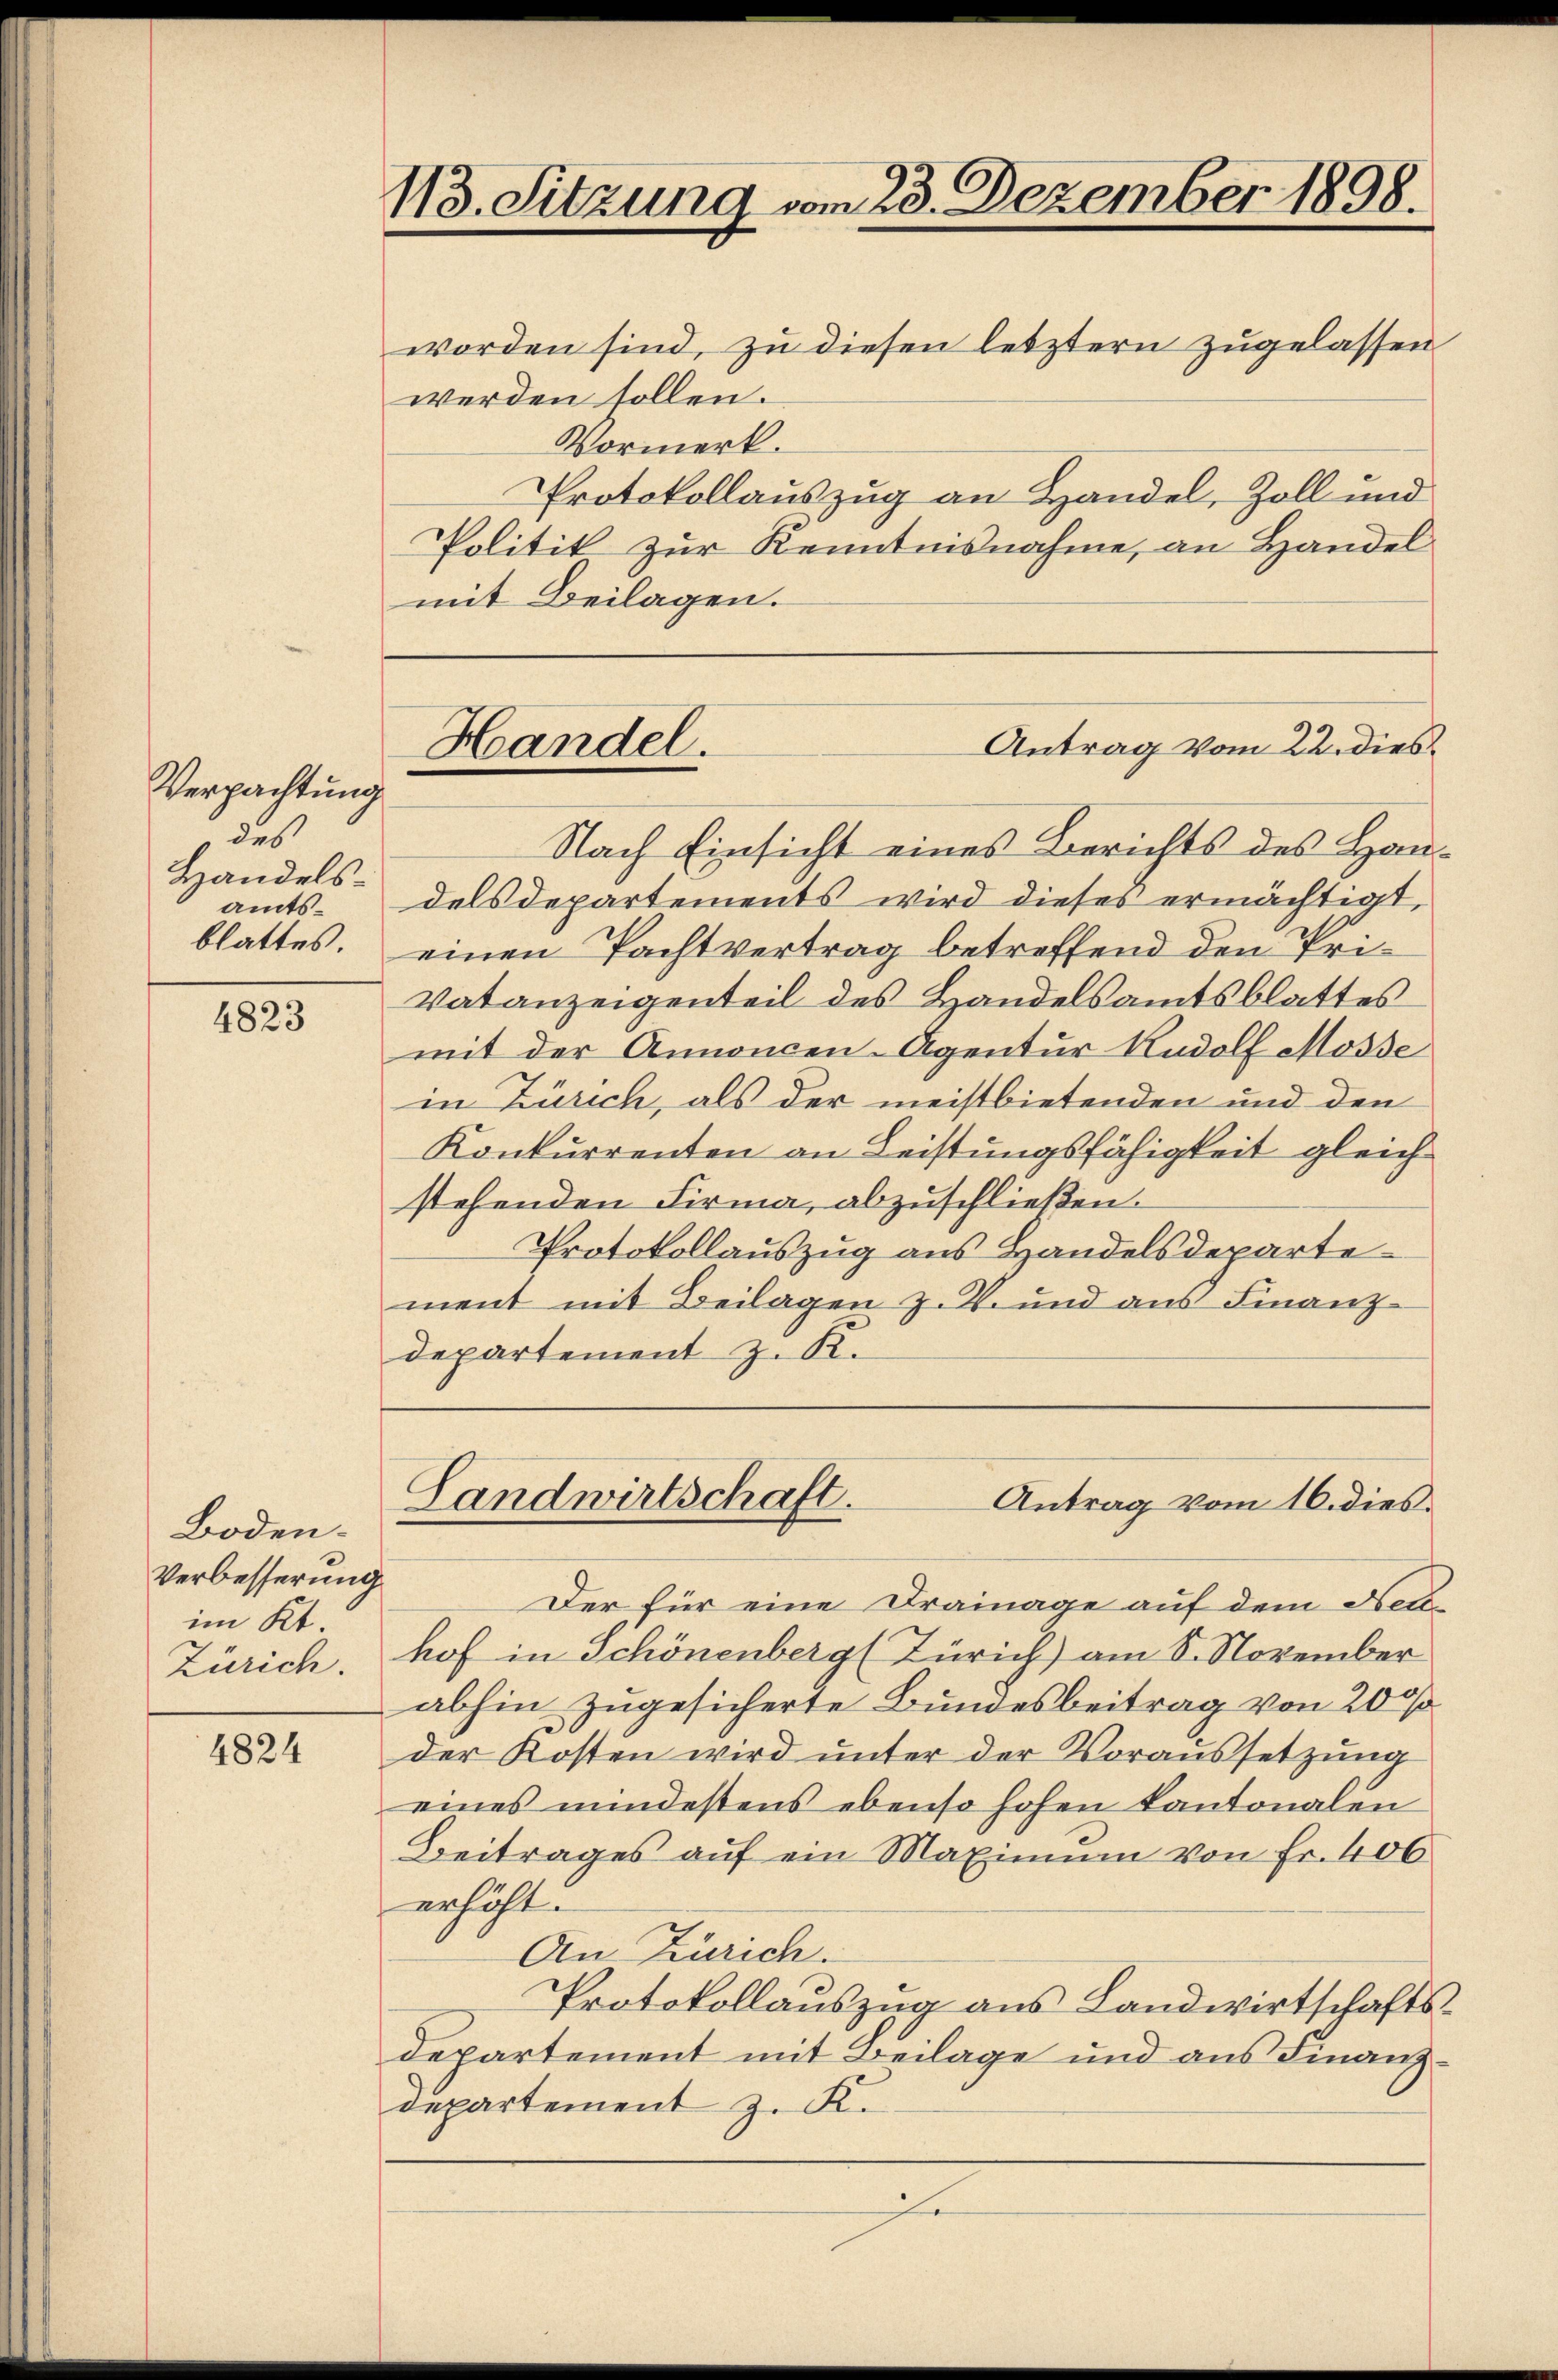
Verpachtung
des
Handels-
amtsblattes.

4823

Boden.
Verbesserung
im Kt.
Zürich.

4824

113. Sitzung vom 23. Dezember 1898.

worden sind, zu diesen letztern zugelassen.
werden sollen.
Vormerk.
Protokollauszug an Handel, Zoll und
Politik zur Kenntnisnahme, an Handel
mit Beilagen.
Nach Einsicht eines Berichts des Haudels Departements wird dieses ermächtigt,
einen Pachtvertrag betreffend den Pri¬
Vatanzeigenteil des Handelsamtsblattes
mit der Annoncen-Agentur Rudolf Mösse
in Zürich, als der meistbietenden und den
Konkurrenten an Leistungsfähigkeit gleich
stehenden Firma, abzuschließen.
Protokollauszug aus Handelsdepartement mit Beilagen z. B. und aus Finanz-
departement z. K.

Handel.

Antrag vom 22. dies

Landwirtschaft.
Antrag vom 16. dies

Der für eine Drainage auf dem Neuhof in Schönenberg (Zürich) am 8. November
abhin zugesicherte Bundesbeitrag von 200
der Kosten wird unter der Voraussetzung
eines mindestens ebenso hohen kantonalen
Beitrages auf ein Maximum von Fr. 406
erhöht.
An Zürich.
Protokollauszug aus Landwirtschafts-
departement mit Beilage und aus Finanz¬
Departement z. K.
.
e